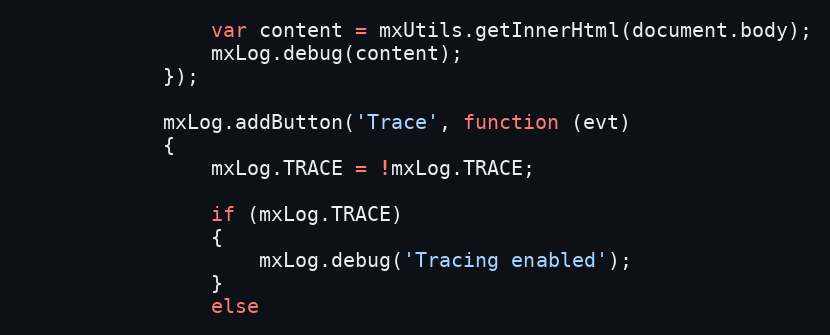
Language: JavaScript
				var content = mxUtils.getInnerHtml(document.body);
				mxLog.debug(content);
			});

			mxLog.addButton('Trace', function (evt)
			{
				mxLog.TRACE = !mxLog.TRACE;

				if (mxLog.TRACE)
				{
					mxLog.debug('Tracing enabled');
				}
				else